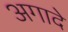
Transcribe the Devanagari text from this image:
अगादे